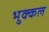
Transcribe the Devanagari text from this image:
भुक्कल